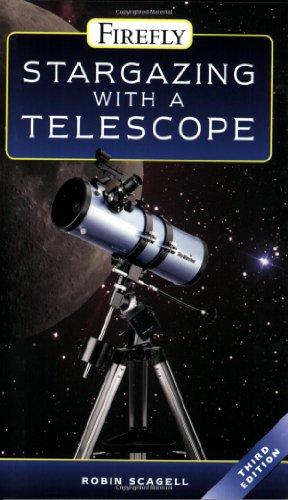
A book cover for Stargazing With a Telescope; Robin Scagell; Science & Math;